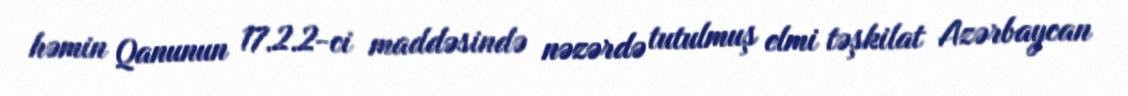
həmin Qanunun 17.2.2-ci maddəsində nəzərdə tutulmuş elmi təşkilat Azərbaycan